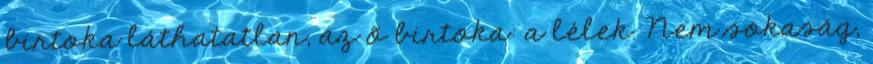
birtoka láthatatlan, az õ birtoka: a lélek. Nem sokaság,